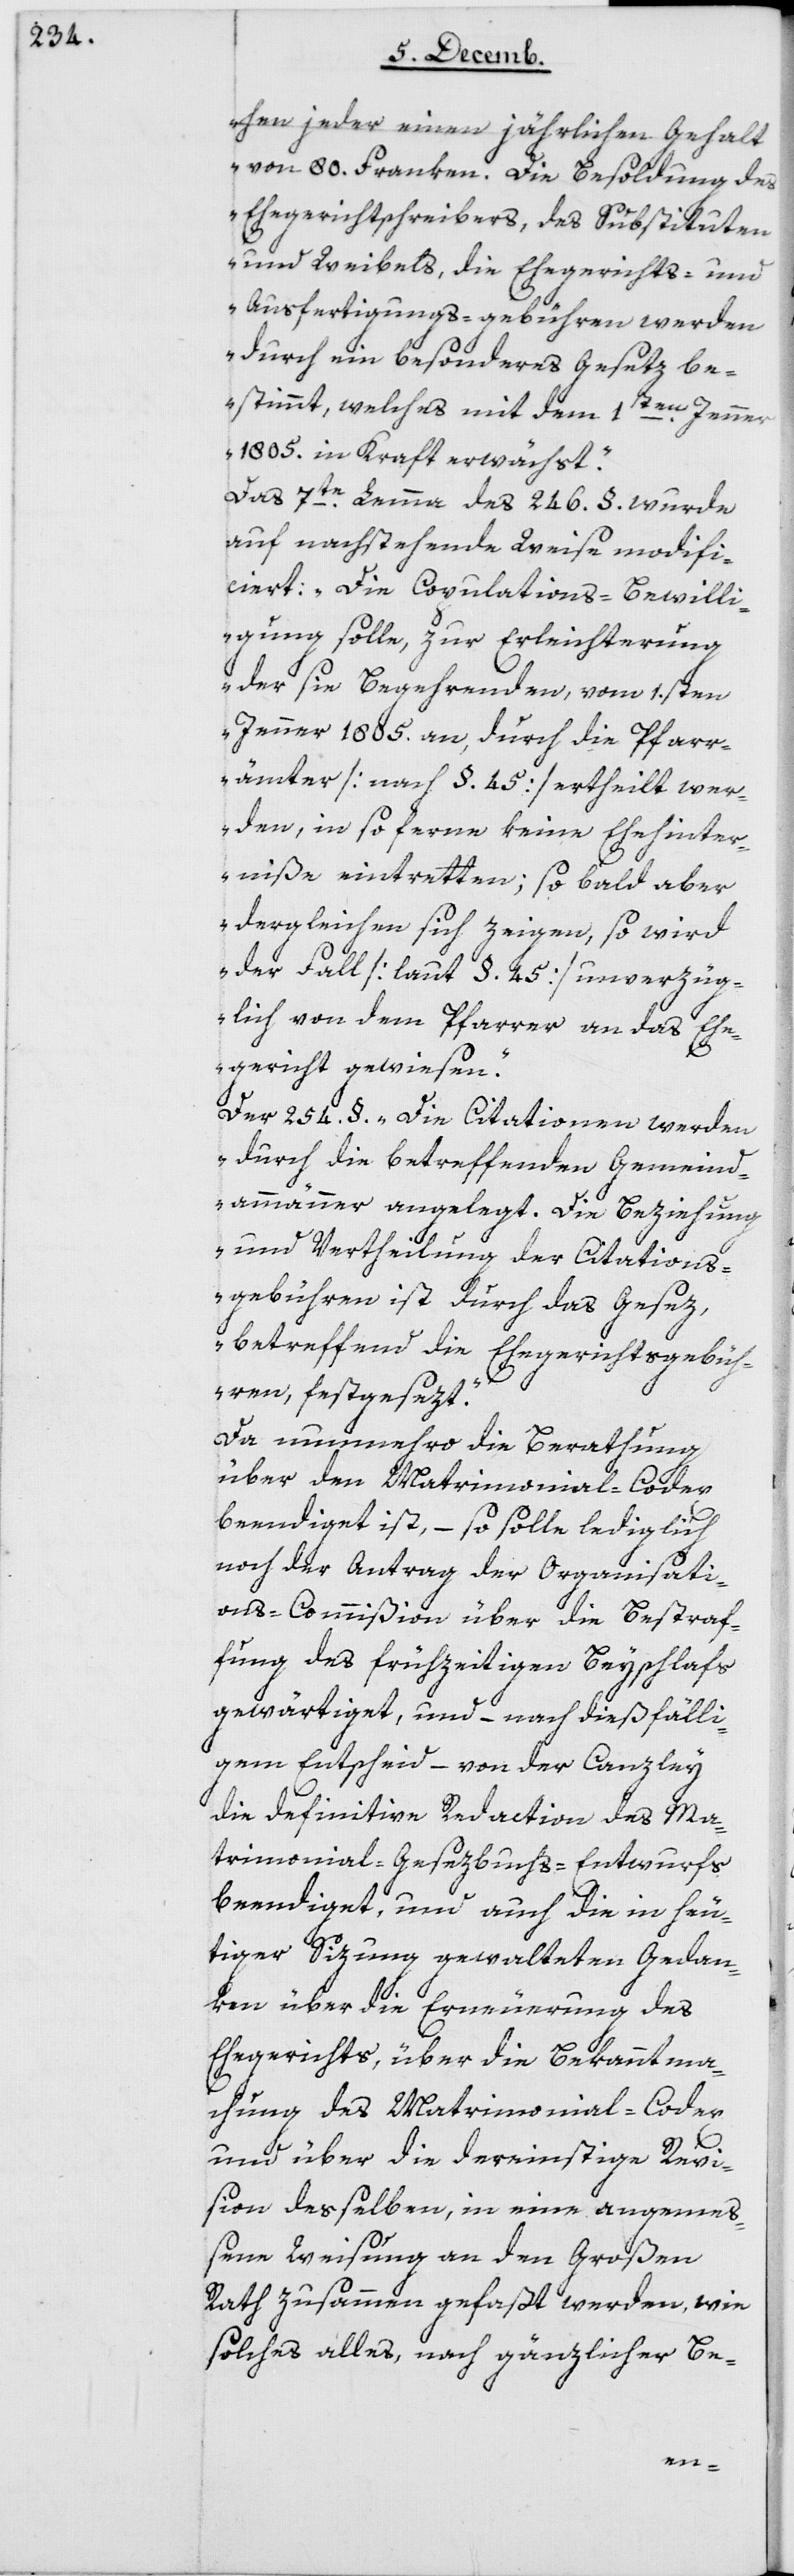
hen jeder einen jährlichen Gehalt
von 80 Franken. Die Besoldung des
Ehegerichtschreibers, des Substituten
und Weibels, die Ehegerichts- und
Ausfertigungs-gebühren werden
durch ein besonderes Gesetz be¬
stimmt, welches mit dem
1sten Jenner
1805 in Kraft erwächst.“
Das 7te Lemma des 246 § wurde
auf nachstehende Weise modifi¬
ciert: „Die Copulations-Bewilli¬
gung solle, zur Erleichterung
der sie Begehrenden, vom 1sten
Jenner 1805 an, durch die Pfarr¬
ämter [nach § 45] ertheilt wer¬
den, in so ferne keine Ehenhinter¬
niße eintretten; sobald aber
dergleichen sich zeigen, so wird
der Fall [laut § 45] unverzüg¬
lich von dem Pfarrer an das Ehe¬
gericht gewiesen.“
Der 254 §. „Die Citationen werden
durch die betreffenden Gemeind¬
ammänner angelegt. Die Beziehung
und Vertheilung der Citations¬
gebühren ist durch das Gesez,
betreffend die Ehegerichtsgebüh¬
ren, festgesezt.“
Da nunmehro die Berathung
über den Matrimonial-Codex
beendiget ist, – so solle lediglich
noch der Antrag der Organisati¬
ons-Commißion über die Bestraf¬
fung des frühzeitigen Beyschlafs
gewärtiget, und – nach diesfälli¬
gem Entscheid – von der Canzley
die definitive Redaction des Ma¬
trimonial-Gesezbuchs-Entwurfs
beendiget, und auch die in heu¬
tiger Sizung gewalteten Gedan¬
ken über die Erneuerung des
Ehegerichts, über die Bekanntma¬
chung des Matrimonial-Codex
und über die dereinstige Revi¬
sion deßelben, in eine angemeß¬
ene Weisung an den Großen
Rath zusammen gefaßt werden, wie
solches alles, nach gänzlicher Be-